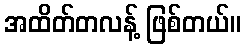
အထိတ်တလန့် ဖြစ်တယ်။